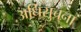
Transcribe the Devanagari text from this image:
अधिसुचना